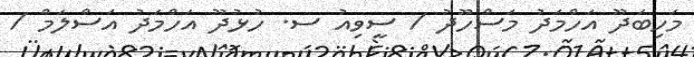
މަހިބަދޫ އަހްމަދު މަސްހޫދު / ސީވިއު ސ. ހުޅުދޫ އަހްމަދު އަސްލަމް /